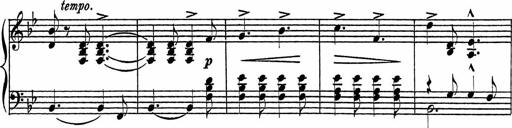
Title: Piano Sonatinas
Composer: Charles Fradel